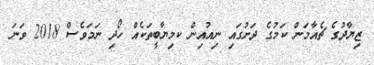
ޒިޔާދުގެ ޗެއާމަން ކަމުގެ ދަށުގައި ނިއުއިން ކމިޔާބީތަކެއް ހޯދި ނަމަވެސް 2018 ވަނަ